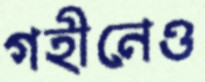
গহীনেও